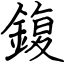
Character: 鍑